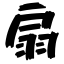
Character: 扇